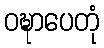
ဝဍ္ဎာပေတုံ